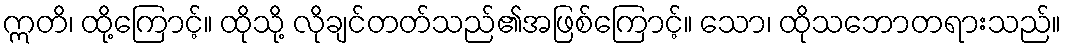
ဣတိ၊ ထို့ကြောင့်။ ထိုသို့ လိုချင်တတ်သည်၏အဖြစ်ကြောင့်။ သော၊ ထိုသဘောတရားသည်။